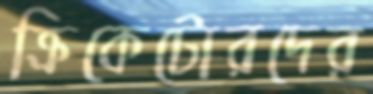
ক্রিকেটোরদের